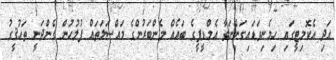
އަދި އެކޮމިޓީގައި ހިމެނިވަޑައިގަންނަވާ އެމްޑީޕީގެ ބައެއް މެންބަރުންގެ މައްސަލަތައް ފުލުހުން ގެންދަނީ ތަހުޤީގު